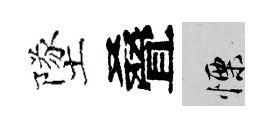
墜叠慄